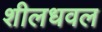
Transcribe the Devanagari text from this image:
शीलधवल